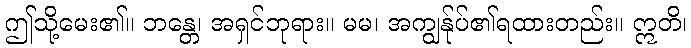
ဤသို့မေး၏။ ဘန္တေ၊ အရှင်ဘုရား။ မမ၊ အကျွန်ုပ်၏ရထားတည်း။ ဣတိ၊